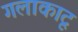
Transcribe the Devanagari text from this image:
गलाकाटू